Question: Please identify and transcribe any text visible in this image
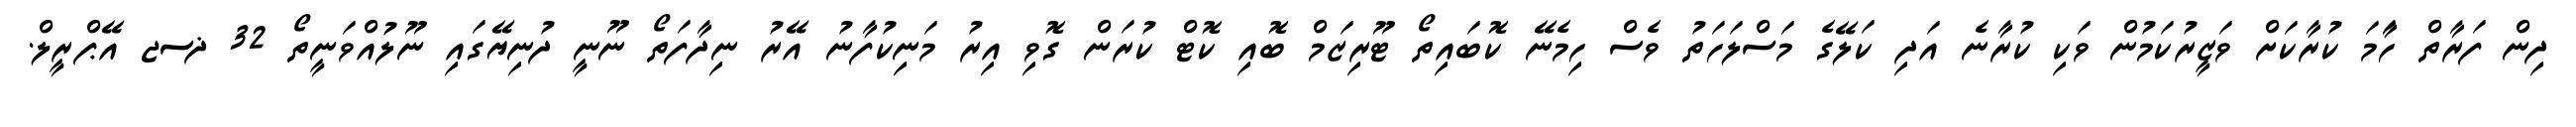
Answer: ދިން ފަރާތް ހަާމަ ކުރާކަށް ވަޒީރުކަމުން ވަކި ކުރާނެ އަދި ކަލޭގެ މަސްލަހަތު ވެސް ހިމެނޭ ކޮބައިތޯ ޓޫރިޒަމް ބޮއި ކޮޓް ކުރަން ގޮވި އިރު މަނިކުފާނު އޭރު ނިދާފަތޯ ނޫނީ ދުނިޔޭގައި ނޫލުއްވަނީތޯ 32 ޛސޖ އޭޕްރީލް.